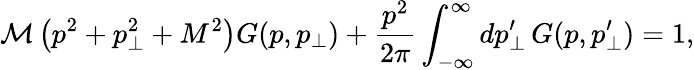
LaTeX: \mathcal{M}\left(p^{2}+p_{\perp}^{2}+M^{2}\right)G(p,p_{\perp})+\frac{p^{2}}{2\pi}\int_{-\infty}^{\infty}dp_{\perp}^{\prime}\, G(p,p_{\perp}^{\prime})=1,